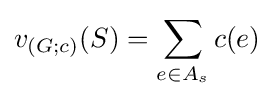
v_{(G;c)}(S)=\sum \limits _{e\in A_{s}}c(e)